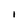
Character: I